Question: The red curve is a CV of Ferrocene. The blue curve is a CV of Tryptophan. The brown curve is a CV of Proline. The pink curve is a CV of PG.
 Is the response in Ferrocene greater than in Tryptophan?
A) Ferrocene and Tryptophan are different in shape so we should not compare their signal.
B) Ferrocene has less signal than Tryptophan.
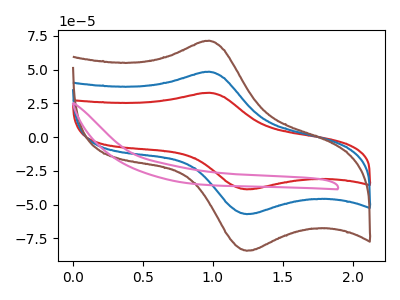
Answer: <think>The red curve "Ferrocene" has an anodic peak at (0.95V, 32.80uA) and a cathodic peak at (1.25V, -38.70uA). The blue curve "Tryptophan" has an anodic peak at (0.95V, 48.35uA) and a cathodic peak at (1.25V, -57.05uA). The brown curve "Proline" has an anodic peak at (0.95V, 96.75uA) and a cathodic peak at (1.25V, -114.10uA). The pink curve "PG" has no peaks.
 All the peaks in "Ferrocene" have a peak in "Tryptophan" at the same potential. Every peak in "Ferrocene" is lower than every peak in "Tryptophan".</think>
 <answer>B) "Ferrocene" has less signal than "Tryptophan".</answer>
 <eval>B</eval>